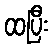
ထပြီး